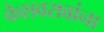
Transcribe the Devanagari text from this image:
केशवरावांना